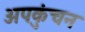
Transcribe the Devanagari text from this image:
अपकुंचन